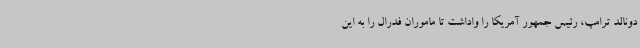
دونالد ترامپ، رئیس جمهور آمریکا را واداشت تا ماموران فدرال را به این